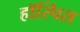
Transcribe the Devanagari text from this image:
हॉस्पिस